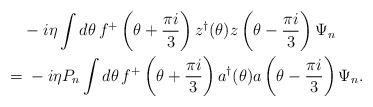
LaTeX: \begin{align*}& -i\eta \int d\theta\, f^+\left(\theta +\frac{\pi i}3\right) z^\dagger(\theta)z\left(\theta - \frac{\pi i}{3}\right)\Psi_n \\=&\; -i\eta P_n \int d\theta\, f^+\left(\theta +\frac{\pi i}3\right) a^\dagger(\theta)a\left(\theta - \frac{\pi i}3\right)\Psi_n.\end{align*}